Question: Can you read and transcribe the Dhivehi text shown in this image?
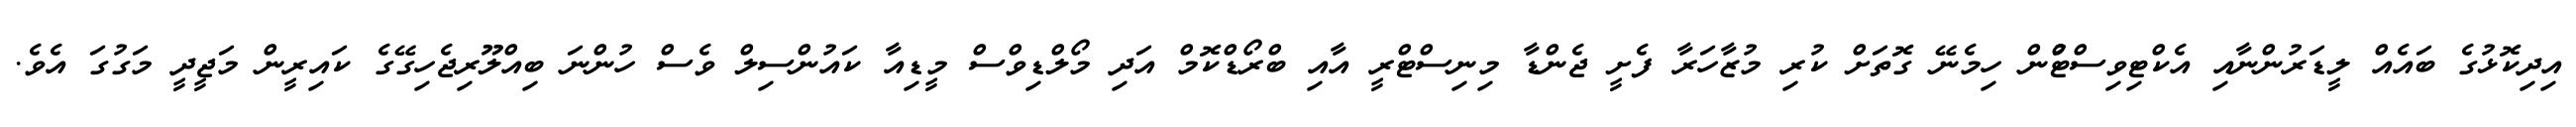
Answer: އިދިކޮޅުގެ ބައެއް ލީޑަރުންނާއި އެކްޓިވިސްޓްުން ހިމެނޭ ގޮތަށް ކުރި މުޒާހަރާ ފެށީ ޖެންޑާ މިނިސްޓްރީ އާއި ބްރޯޑްކޮމް އަދި މޯލްޑިވްސް މީޑިއާ ކައުންސިލް ވެސް ހުންނަ ބިއްލޫރިޖެހިގޭގެ ކައިރީން މަޖީދީ މަގުގަ އެވެ.